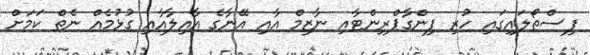
ފިސްތޯލައިގައި ހުރި ފިންގާޕްރިންޓާއި ނާޒިމް އާއި އޭނާގެ އާއިލާއާއި ގުޅުމެއް ނެތް ކަމަށް